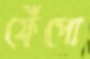
ফেঁপো